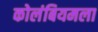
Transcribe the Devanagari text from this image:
कोलंबियमला